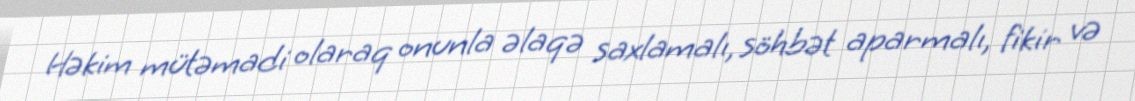
Həkim mütəmadi olaraq onunla əlaqə saxlamalı, söhbət aparmalı, fikir və